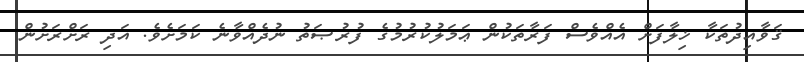
ޤަވާއިދުތަކާ ޚިލާފަށް އެއްވެސް ފަރާތަކުން ޢަމަލުކުރުމުގެ ފުރުޞަތު ނުދެއްވާނެ ކަމަށެވެ. އަދި ރަށްރަށުން